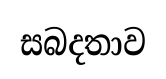
සබදතාව